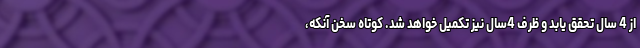
از 4 سال تحقق ‌يابد و ظرف 4سال نيز تكميل خواهد شد. کوتاه سخن آنکه،